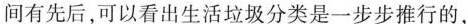
间有先后，可以看出生活垃圾分类是一步步推行的，